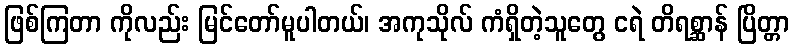
ဖြစ်ကြတာ ကိုလည်း မြင်တော်မူပါတယ်၊ အကုသိုလ် ကံရှိတဲ့သူတွေ ငရဲ တိရစ္ဆာန် ပြိတ္တာ